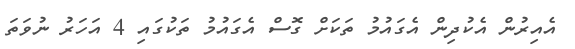
އެއިރުން އެކުދިން އެގައުމު ތަކަށް ގޮސް އެގައުމު ތަކުގައި 4 އަހަރު ނުވަތަ